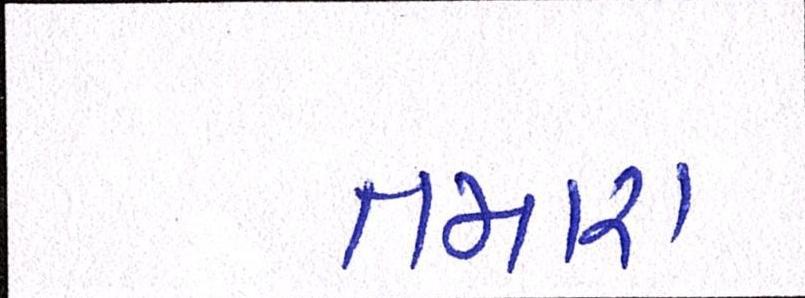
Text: તમારા